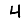
Digit: 4